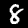
Label: 8